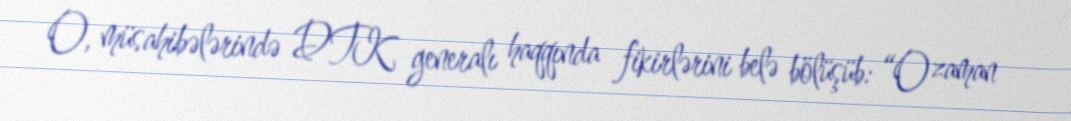
O, müsahibələrində DTK generalı haqqında fikirlərini belə bölüşüb: “O zaman